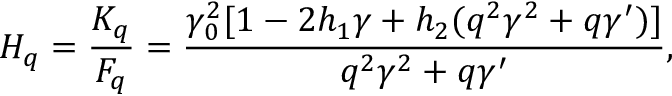
H _ { q } = \frac { K _ { q } } { F _ { q } } = \frac { \gamma _ { 0 } ^ { 2 } [ 1 - 2 h _ { 1 } \gamma + h _ { 2 } ( q ^ { 2 } \gamma ^ { 2 } + q \gamma ^ { \prime } ) ] } { q ^ { 2 } \gamma ^ { 2 } + q \gamma ^ { \prime } } ,